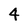
Character: 4